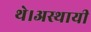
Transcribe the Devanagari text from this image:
थे।अस्थायी